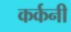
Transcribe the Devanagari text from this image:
कर्कनी